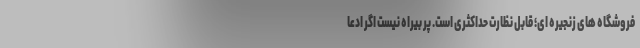
فروشگاه های زنجیره ای؛ قابل نظارت حداکثری است. پر بیراه نیست اگر ادعا